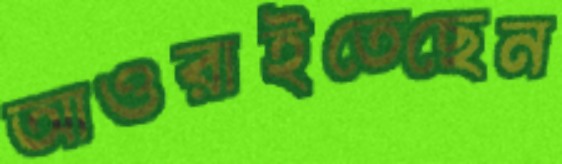
আওরাইতেছেন